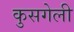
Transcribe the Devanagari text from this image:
कुसगेली